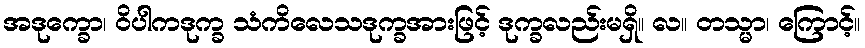
အဒုက္ခော၊ ဝိပါကဒုက္ခ သံကိလေသဒုက္ခအားဖြင့် ဒုက္ခလည်းမရှိ။ လ။ တသ္မာ၊ ကြောင့်။